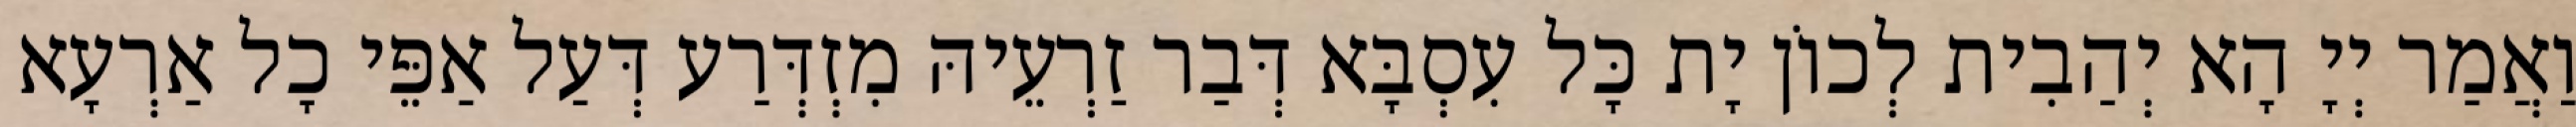
וַאֲמַר יְיָ הָא יְהַבִית לְכוֹן יָת כָּל עִסְבָּא דְּבַר זַרְעֵיהּ מִזְדְּרַע דְּעַל אַפֵּי כָל אַרְעָא